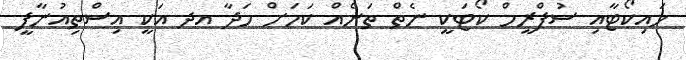
ހައިކޯޓާއި ސުޕްރީމް ކޯޓަކީ ނެތް ތަނެއް ކަމަށް ހަދާ އދ އަކީ އިސްތިއުނާފީ